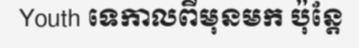
Youth ទេកាលពីមុនមក ប៉ុន្តែ